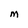
Character: M